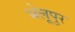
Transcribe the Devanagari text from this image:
भेलूपुर